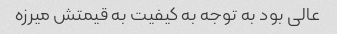
عالی بود به توجه به کیفیت به قیمتش میرزه